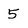
Character: 5